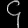
Digit: ၄